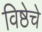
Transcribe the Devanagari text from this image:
विष्ठेचे